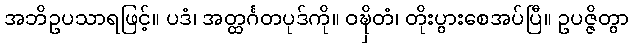
အဘိဥပသာရဖြင့်။ ပဒံ၊ အတ္ထင်္ဂတပုဒ်ကို။ ဝဍ္ဎှိတံ၊ တိုးပွားစေအပ်ပြီ။ ဥပဇ္ဇိတွာ